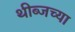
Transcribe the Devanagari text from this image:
थीब्जच्या